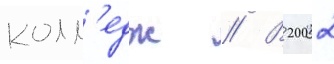
колл'едж // В 2002